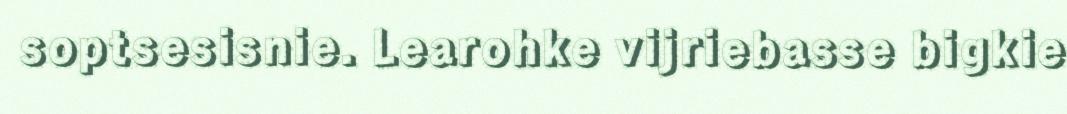
soptsesisnie. Learohke vijriebasse bigkie